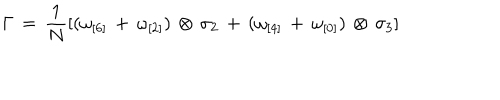
\Gamma \, = \, \frac { 1 } { N } [ ( \omega _ { [ 6 ] } \, + \, \omega _ { [ 2 ] } ) \, \otimes \, \sigma _ { 2 } \, + \, ( \omega _ { [ 4 ] } \, + \, \omega _ { [ 0 ] } ) \, \otimes \, \sigma _ { 3 } ]